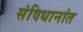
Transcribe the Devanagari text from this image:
संविधानांत